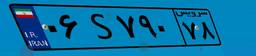
۵۶S۷۷۴۱۵